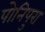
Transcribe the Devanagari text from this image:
पोनिपुरा